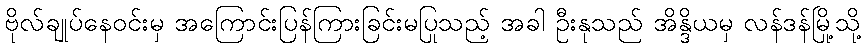
ဗိုလ်ချုပ်နေဝင်းမှ အကြောင်းပြန်ကြားခြင်းမပြုသည့် အခါ ဦးနုသည် အိန္ဒိယမှ လန်ဒန်မြို့သို့